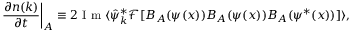
\frac { \partial n ( k ) } { \partial t } \biggr \rvert _ { A } \equiv 2 \textnormal { I m } \langle \hat { \psi } _ { k } ^ { * } \mathcal { F } [ B _ { A } ( \psi ( x ) ) B _ { A } ( \psi ( x ) ) B _ { A } ( \psi ^ { * } ( x ) ) ] \rangle ,